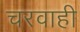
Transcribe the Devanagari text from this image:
चरवाही